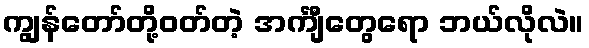
ကျွန်တော်တို့ဝတ်တဲ့ အင်္ကျီတွေရော ဘယ်လိုလဲ။